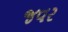
જવર